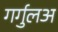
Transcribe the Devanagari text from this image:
गर्गुलअ